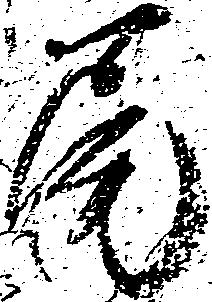
尾